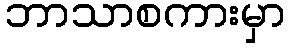
ဘာသာစကားမှာ